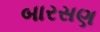
બારસણ